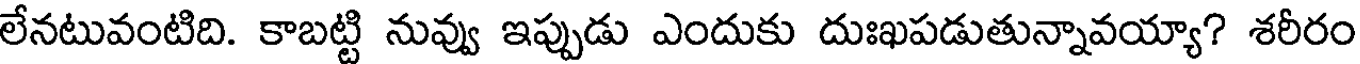
లేనటువంటిది. కాబట్టి నువ్వు ఇప్పుడు ఎందుకు దుఃఖపడుతున్నావయ్యా? శరీరం